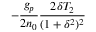
- \frac { g _ { p } } { 2 n _ { 0 } } \frac { 2 \delta T _ { 2 } } { ( 1 + \delta ^ { 2 } ) ^ { 2 } }